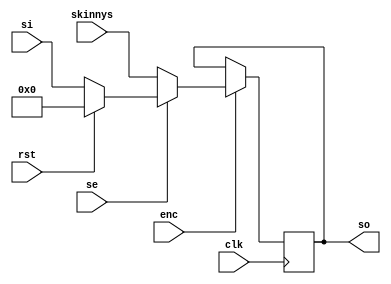
module state_reg (/*AUTOARG*/
   // Outputs
   so,
   // Inputs
   si, skinnys, clk, rst, enc, se
   ) ;
   parameter initial_value = 0;
   parameter width = 32;   
   
   output reg [width-1:0] so;

   input [width-1:0]      si, skinnys;
   input 	     clk, rst, enc, se;
   
   always @ (posedge clk) begin
	   if (enc) begin
			if (se) so <= (rst) ? initial_value : si;
			else so <= skinnys;
		end
		else begin
		   so <= so;
		end
   end
   
endmodule // state_reg